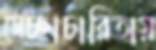
স্বেচ্ছাচারিতায়